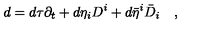
d = d \tau \partial _ { t } + d \eta _ { i } D ^ { i } + d \bar { \eta } ^ { i } \bar { D } _ { i } \quad ,